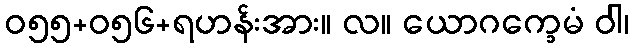
ဝ၅၅+၀၅၆+ရဟန်းအား။ လ။ ယောဂက္ခေမံ ဝါ၊